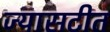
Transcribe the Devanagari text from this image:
ज्यासटीत